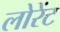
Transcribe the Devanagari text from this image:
लोरेंट